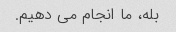
بله، ما انجام می دهیم.